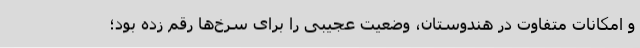
و امکانات متفاوت در هندوستان، وضعیت عجیبی را برای سرخ‌ها رقم زده بود؛